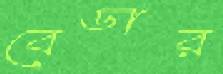
বেডার